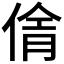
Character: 𪝓